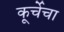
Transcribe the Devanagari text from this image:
कूर्चेचा